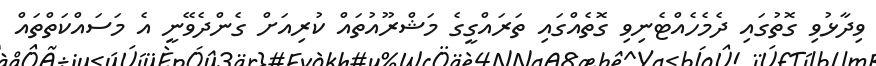
ވިދާޅުވި ގޮތުގައި ދެމެހެއްޓެނިވި ގޮތެއްގައި ތަރައްގީގެ މަޝްރޫއުތައް ކުރިއަށް ގެންދެވޭނީ އެ މަސައްކަތްތައް